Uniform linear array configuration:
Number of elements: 8
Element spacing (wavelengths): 0.25
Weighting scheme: blackman
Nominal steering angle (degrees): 0
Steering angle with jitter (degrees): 1.557
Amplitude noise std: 0.05
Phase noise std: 0.05

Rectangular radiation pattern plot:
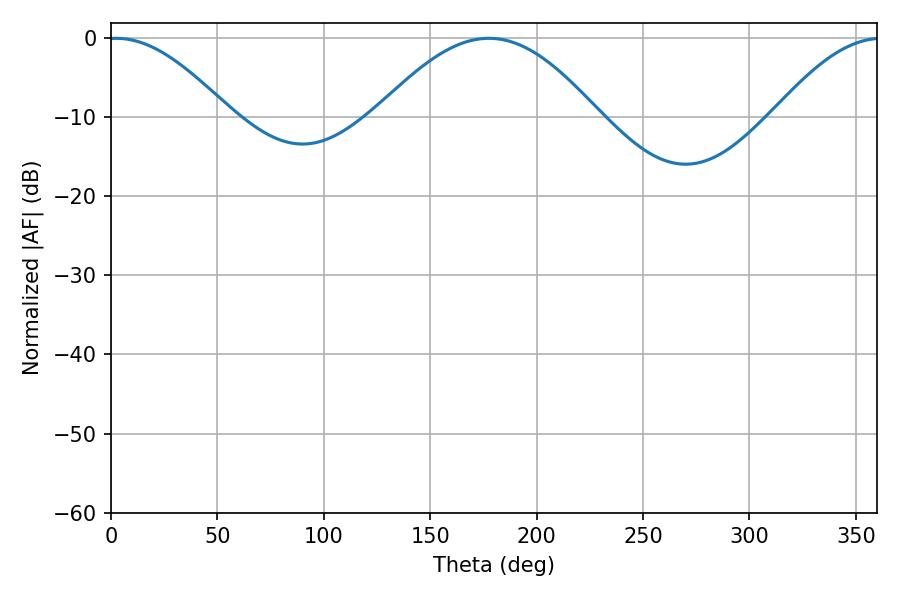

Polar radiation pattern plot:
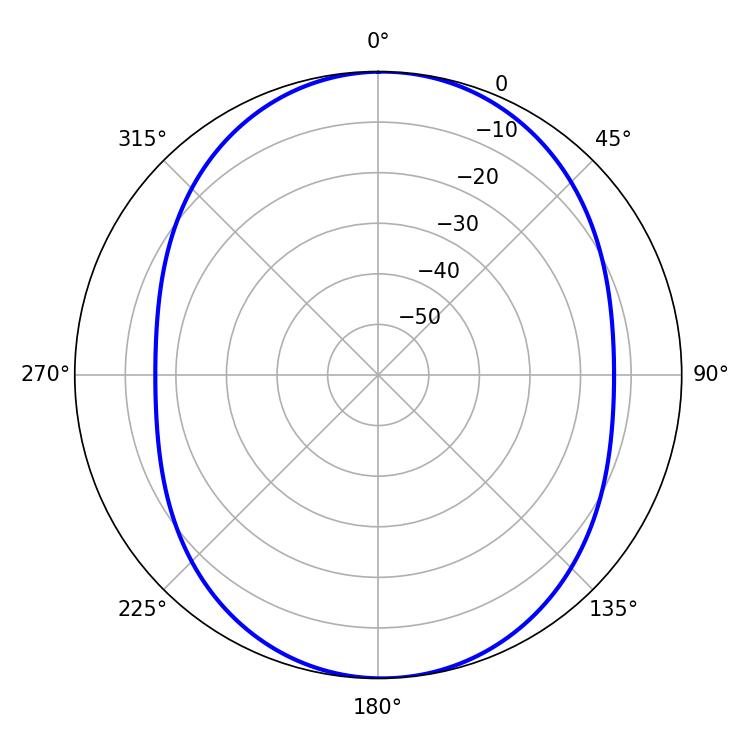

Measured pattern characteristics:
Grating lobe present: FALSE
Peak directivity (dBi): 12.33
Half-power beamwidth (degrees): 30.96
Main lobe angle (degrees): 2.52